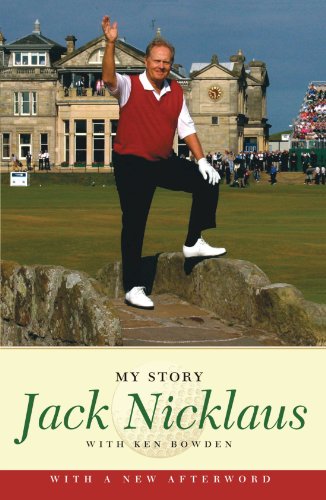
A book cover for Jack Nicklaus: My Story; Jack Nicklaus; Biographies & Memoirs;